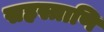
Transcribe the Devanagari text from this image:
सहस्त्राणि